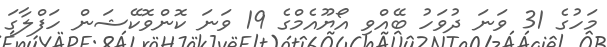
މަހުގެ 31 ވަނަ ދުވަހު ބޭއްވި އޯޔޫއެމްގެ 19 ވަނަ ކޮންވޮކޭޝަން ހަފްލާގަ